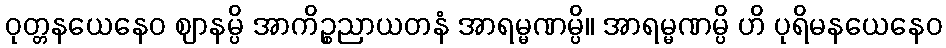
ဝုတ္တနယေနေဝ ဈာနမ္ပိ အာကိဉ္စညာယတနံ အာရမ္မဏမ္ပိ။ အာရမ္မဏမ္ပိ ဟိ ပုရိမနယေနေဝ